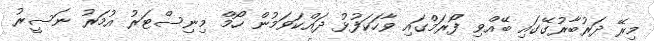
މިރޭ ދަރުބާރުގޭގައި ބޭއްވި ފޯރަމްގައި ވާހަކަފުޅު ދައްކަވަމުން ހޯމް މިނިސްޓަރު އުމަރު ނަސީރު